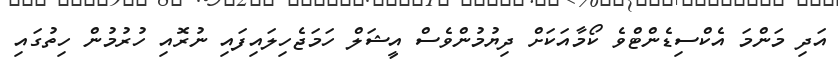
އަދި މަންމަ އެކްސިޑެންޓްވެ ކޯމާއަކަށް ދިޔުމުންވެސް އީޝަލް ހަމަޖެހިލައިފައި ނުރޮއި ހުރުމުން ހިތުގައި